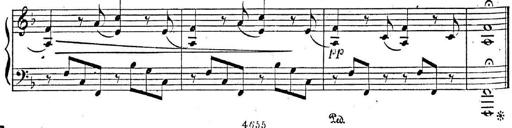
Title: 2 Sonatinas, Op.8
Composer: Hermann Goetz